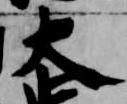
大